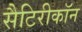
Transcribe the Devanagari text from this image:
सैटिरीकॉन